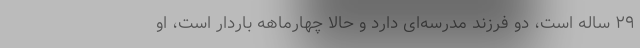
۲۹ ساله است، دو فرزند مدرسه‌ای دارد و حالا چهارماهه باردار است، او